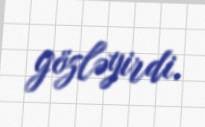
gözləyirdi.